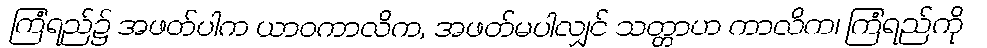
ကြံရည်၌ အဖတ်ပါက ယာဝကာလိက, အဖတ်မပါလျှင် သတ္တာဟ ကာလိက၊ ကြံရည်ကို